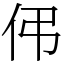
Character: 伄